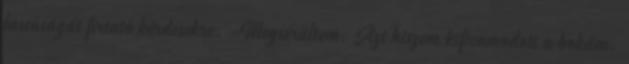
lassúságát firtató kérdésekre. -Megsérültem. Azt hiszem kificamodott a bokám.